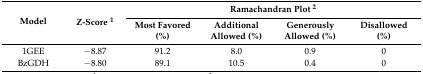
<table><thead><tr><td rowspan="2"><b>Model</b></td><td rowspan="2"><b>Z-Score <sup>1</sup></b></td><td colspan="4"><b>Ramachandran Plot <sup>2</sup></b></td></tr><tr><td><b>Most Favored (%)</b></td><td><b>Additional Allowed (%)</b></td><td><b>Generously Allowed (%)</b></td><td><b>Disallowed (%)</b></td></tr></thead><tbody><tr><td>1GEE</td><td>−8.87</td><td>91.2</td><td>8.0</td><td>0.9</td><td>0</td></tr><tr><td>BzGDH</td><td>−8.80</td><td>89.1</td><td>10.5</td><td>0.4</td><td>0</td></tr></tbody></table>